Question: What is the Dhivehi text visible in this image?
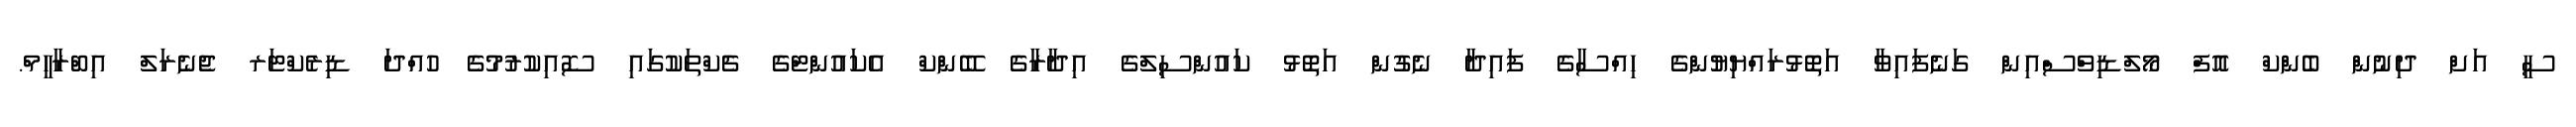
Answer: ސީ އަށް ދިނުން ބެންކް އޮފް މޯލްޑިވްސްއިން ގަނެފައިވާ އަތޮޅުރައްޔިޔުންގެ ހިއްސާގެ ފައިދާ ނެގުން އަތޮޅު ކައުންސިލްގެ އިދާރާގެ ބޭންކް އެކައުންޓްގެ ޗެކްތަކުގައި ސޮއިކުރުމުގެ ހުއްދަ ޑިރެކްޓަރ ޖެނެރަލް އިބްރާހީމް.